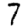
Digit: 7